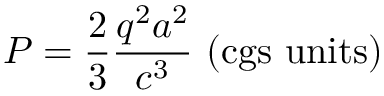
P = { \frac { 2 } { 3 } } { \frac { q ^ { 2 } a ^ { 2 } } { c ^ { 3 } } } { \mathrm { ~ ( c g s ~ u n i t s ) } }